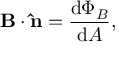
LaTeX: \mathbf { B } \cdot \mathbf { \hat { n } } = { \frac { \mathrm { d } \Phi _ { B } } { \mathrm { d } A } } , \,